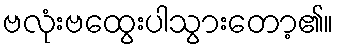
ဗလုံးဗထွေးပါသွားတော့၏။